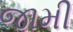
જામી